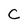
Character: C